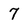
Character: 7